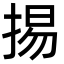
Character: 掦